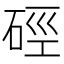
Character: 硜